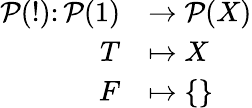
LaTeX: \begin{array}{rl}{{\mathcal{P}}(!)\colon{\mathcal{P}}(1)}&{\to{\mathcal{P}}(X)}\\ {T}&{\mapsto X}\\ {F}&{\mapsto\{ \} }\end{array}